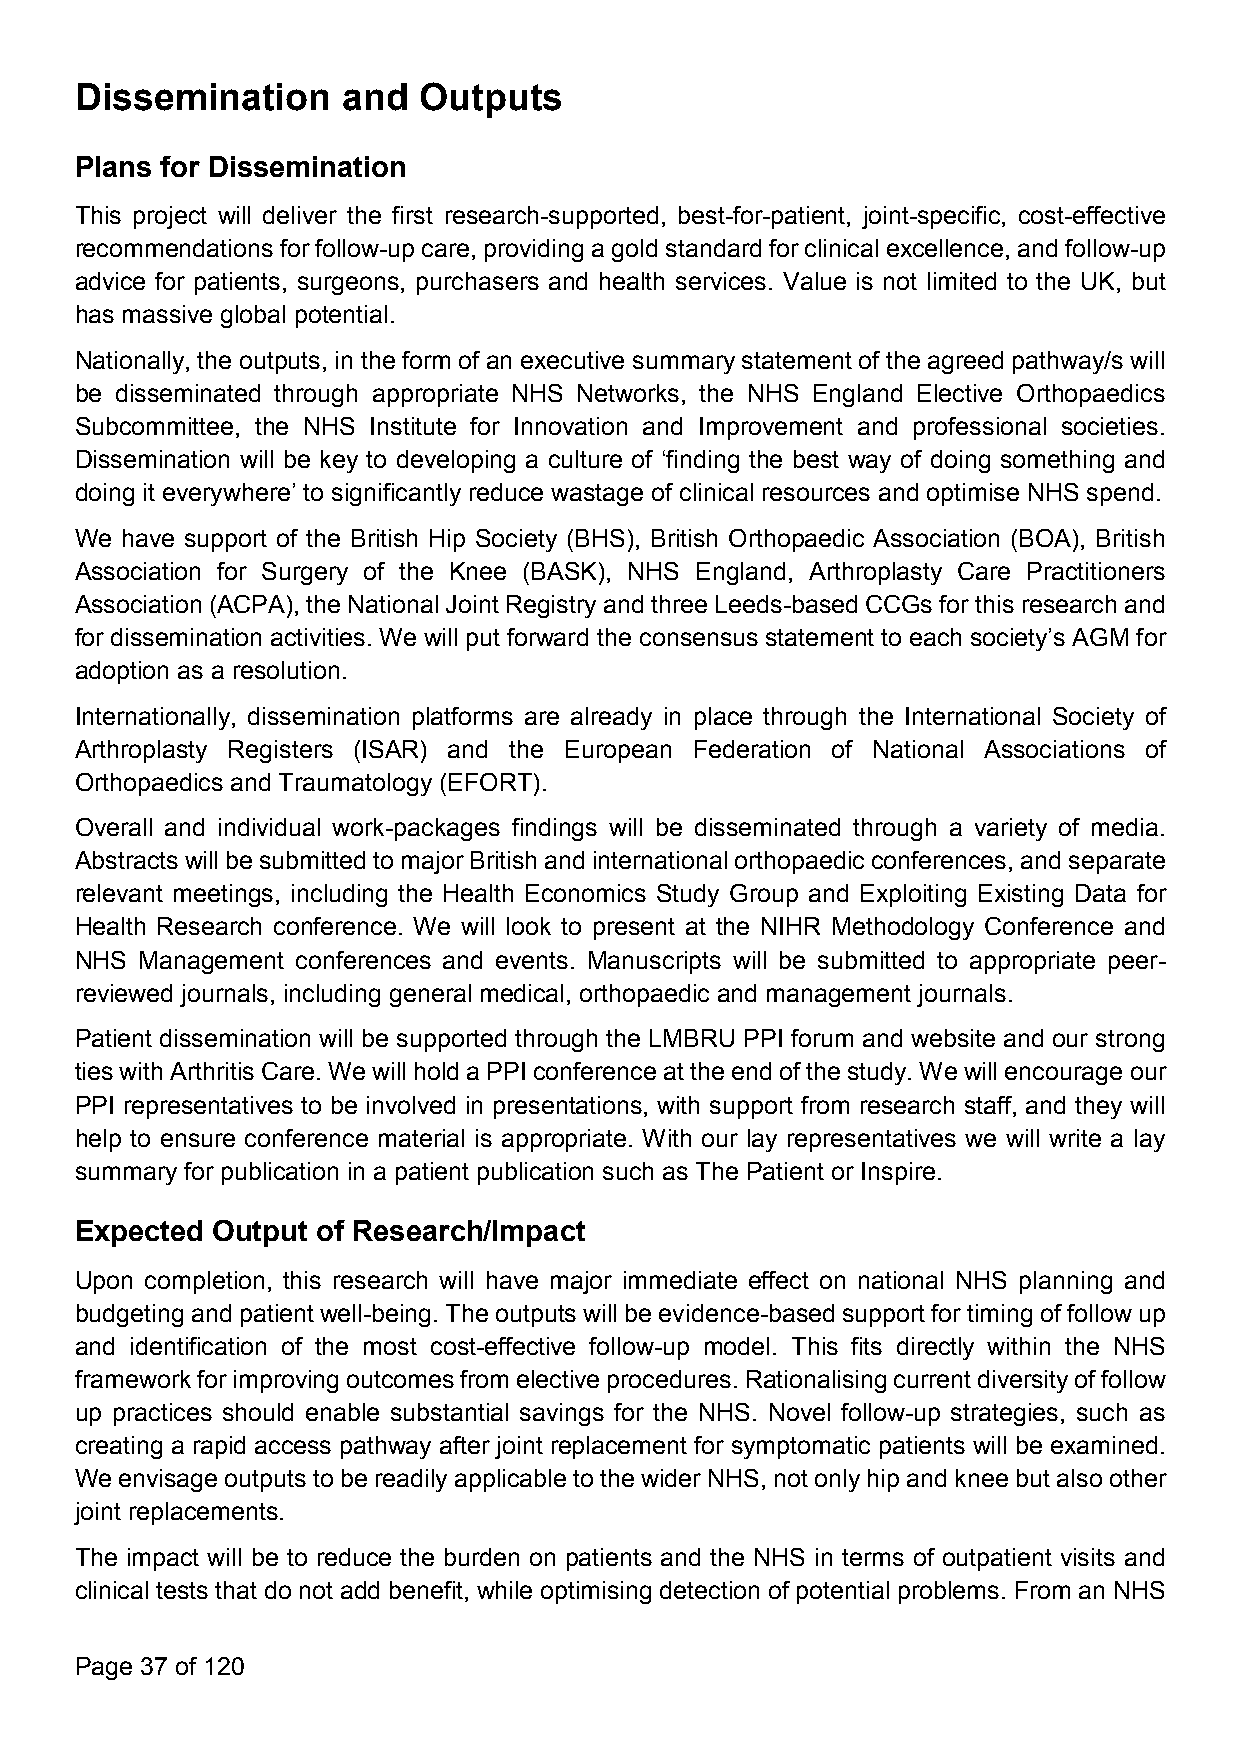
Dissemination     and  Outputs
 Plans for Dissemination
 This project will deliver the first research-supported, best-for-patient, joint-specific, cost-effective
 recommendationsforfollow-up care, providinga gold standardforclinicalexcellence, andfollow-up
 advice for patients, surgeons, purchasers and health services. Value is not limited to the UK, but
 has massive global potential.
 Nationally, the outputs, in the form of an executive summarystatement of the agreed pathway/s will
 be disseminated through appropriate NHS Networks, the NHS England Elective Orthopaedics
 Subcommittee, the NHS Institute for Innovation and Improvement and professional societies.
 Dissemination will be key to developing a culture of ‘finding the best way of doing something and
 doing it everywhere’ to significantly reduce wastage of clinical resources and optimise NHS spend.
 We have support of the British Hip Society (BHS), British Orthopaedic Association (BOA), British
 Association for Surgery of the Knee (BASK), NHS England, Arthroplasty Care Practitioners
 Association (ACPA), the NationalJoint Registryand three Leeds-based CCGsforthisresearch and
 for dissemination activities. We will put forward the consensus statement to each society’s AGM for
 adoption as a resolution.
 Internationally, dissemination platforms are already in place through the International Society of
 Arthroplasty Registers (ISAR) and the European Federation of National Associations of
 Orthopaedics and Traumatology (EFORT).
 Overall and individual work-packages findings will be disseminated through a variety of media.
 AbstractswillbesubmittedtomajorBritishandinternationalorthopaedicconferences,andseparate
 relevant meetings, including the Health Economics Study Group and Exploiting Existing Data for
 Health Research conference. We will look to present at the NIHR Methodology Conference and
 NHS Management conferences and events. Manuscripts will be submitted to appropriate peer-
 reviewed journals, including general medical, orthopaedic and management journals.
 Patient dissemination will be supported through the LMBRU PPI forum and website and our strong
 tieswith ArthritisCare.Wewillhold aPPIconferenceattheend of the study.Wewillencourage our
 PPI representatives to be involved in presentations, with support from research staff, and they will
 help to ensure conference material is appropriate. With our lay representatives we will write a lay
 summary for publication in a patient publication such as The Patient or Inspire.
 Expected Output of Research/Impact
 Upon completion, this research will have major immediate effect on national NHS planning and
 budgetingand patientwell-being. Theoutputswillbe evidence-based supportfortimingof followup
 and identification of the most cost-effective follow-up model. This fits directly within the NHS
 frameworkforimprovingoutcomesfromelectiveprocedures.Rationalisingcurrentdiversityoffollow
 up practices should enable substantial savings for the NHS. Novel follow-up strategies, such as
 creating a rapid access pathway after joint replacement for symptomatic patients will be examined.
 Weenvisage outputsto be readilyapplicableto the widerNHS, not onlyhip and knee butalso other
 joint replacements.
 The impact will be to reduce the burden on patients and the NHS in terms of outpatient visits and
 clinical tests that do not add benefit, while optimising detection of potential problems. From an NHS
 Page 37 of 120